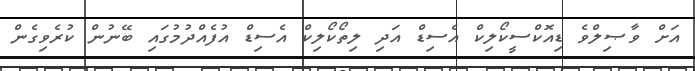
އަށް ވާޞިލްވެ ޑިއޮކްސީކޯލިކް އެސިޑް އަދި ލިތޯކޯލިކް އެސިޑް އުފެއްދުމުގައި ބޭނުން ކުރެވިގެން